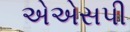
એએસપી